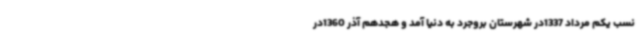
نسب یکم مرداد 1337در شهرستان بروجرد به دنیا آمد و هجدهم آذر 1360در